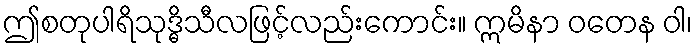
ဤစတုပါရိသုဒ္ဓိသီလဖြင့်လည်းကောင်း။ ဣမိနာ ဝတေန ဝါ၊